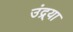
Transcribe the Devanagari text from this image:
उंद्र्या